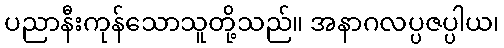
ပညာနီးကုန်သောသူတို့သည်။ အနာဂလပ္ပဇပ္ပါယ၊